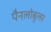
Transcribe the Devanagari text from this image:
पैनलोबुलर